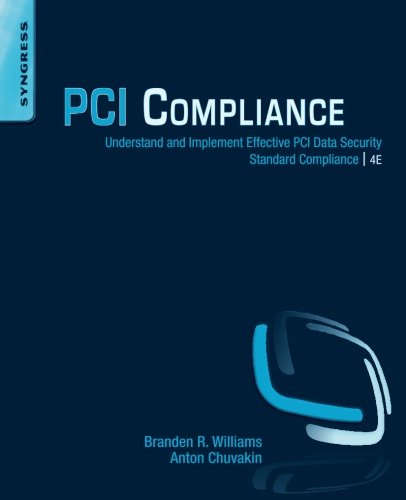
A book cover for PCI Compliance, Fourth Edition: Understand and Implement Effective PCI Data Security Standard Compliance; Branden R. Williams; Computers & Technology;